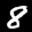
Label: 8